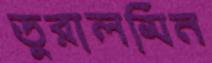
ডুরালমিন